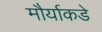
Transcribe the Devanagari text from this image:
मौर्याकडे